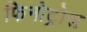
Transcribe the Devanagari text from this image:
फिनोट्रोल